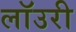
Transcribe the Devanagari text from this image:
लाॅउरी